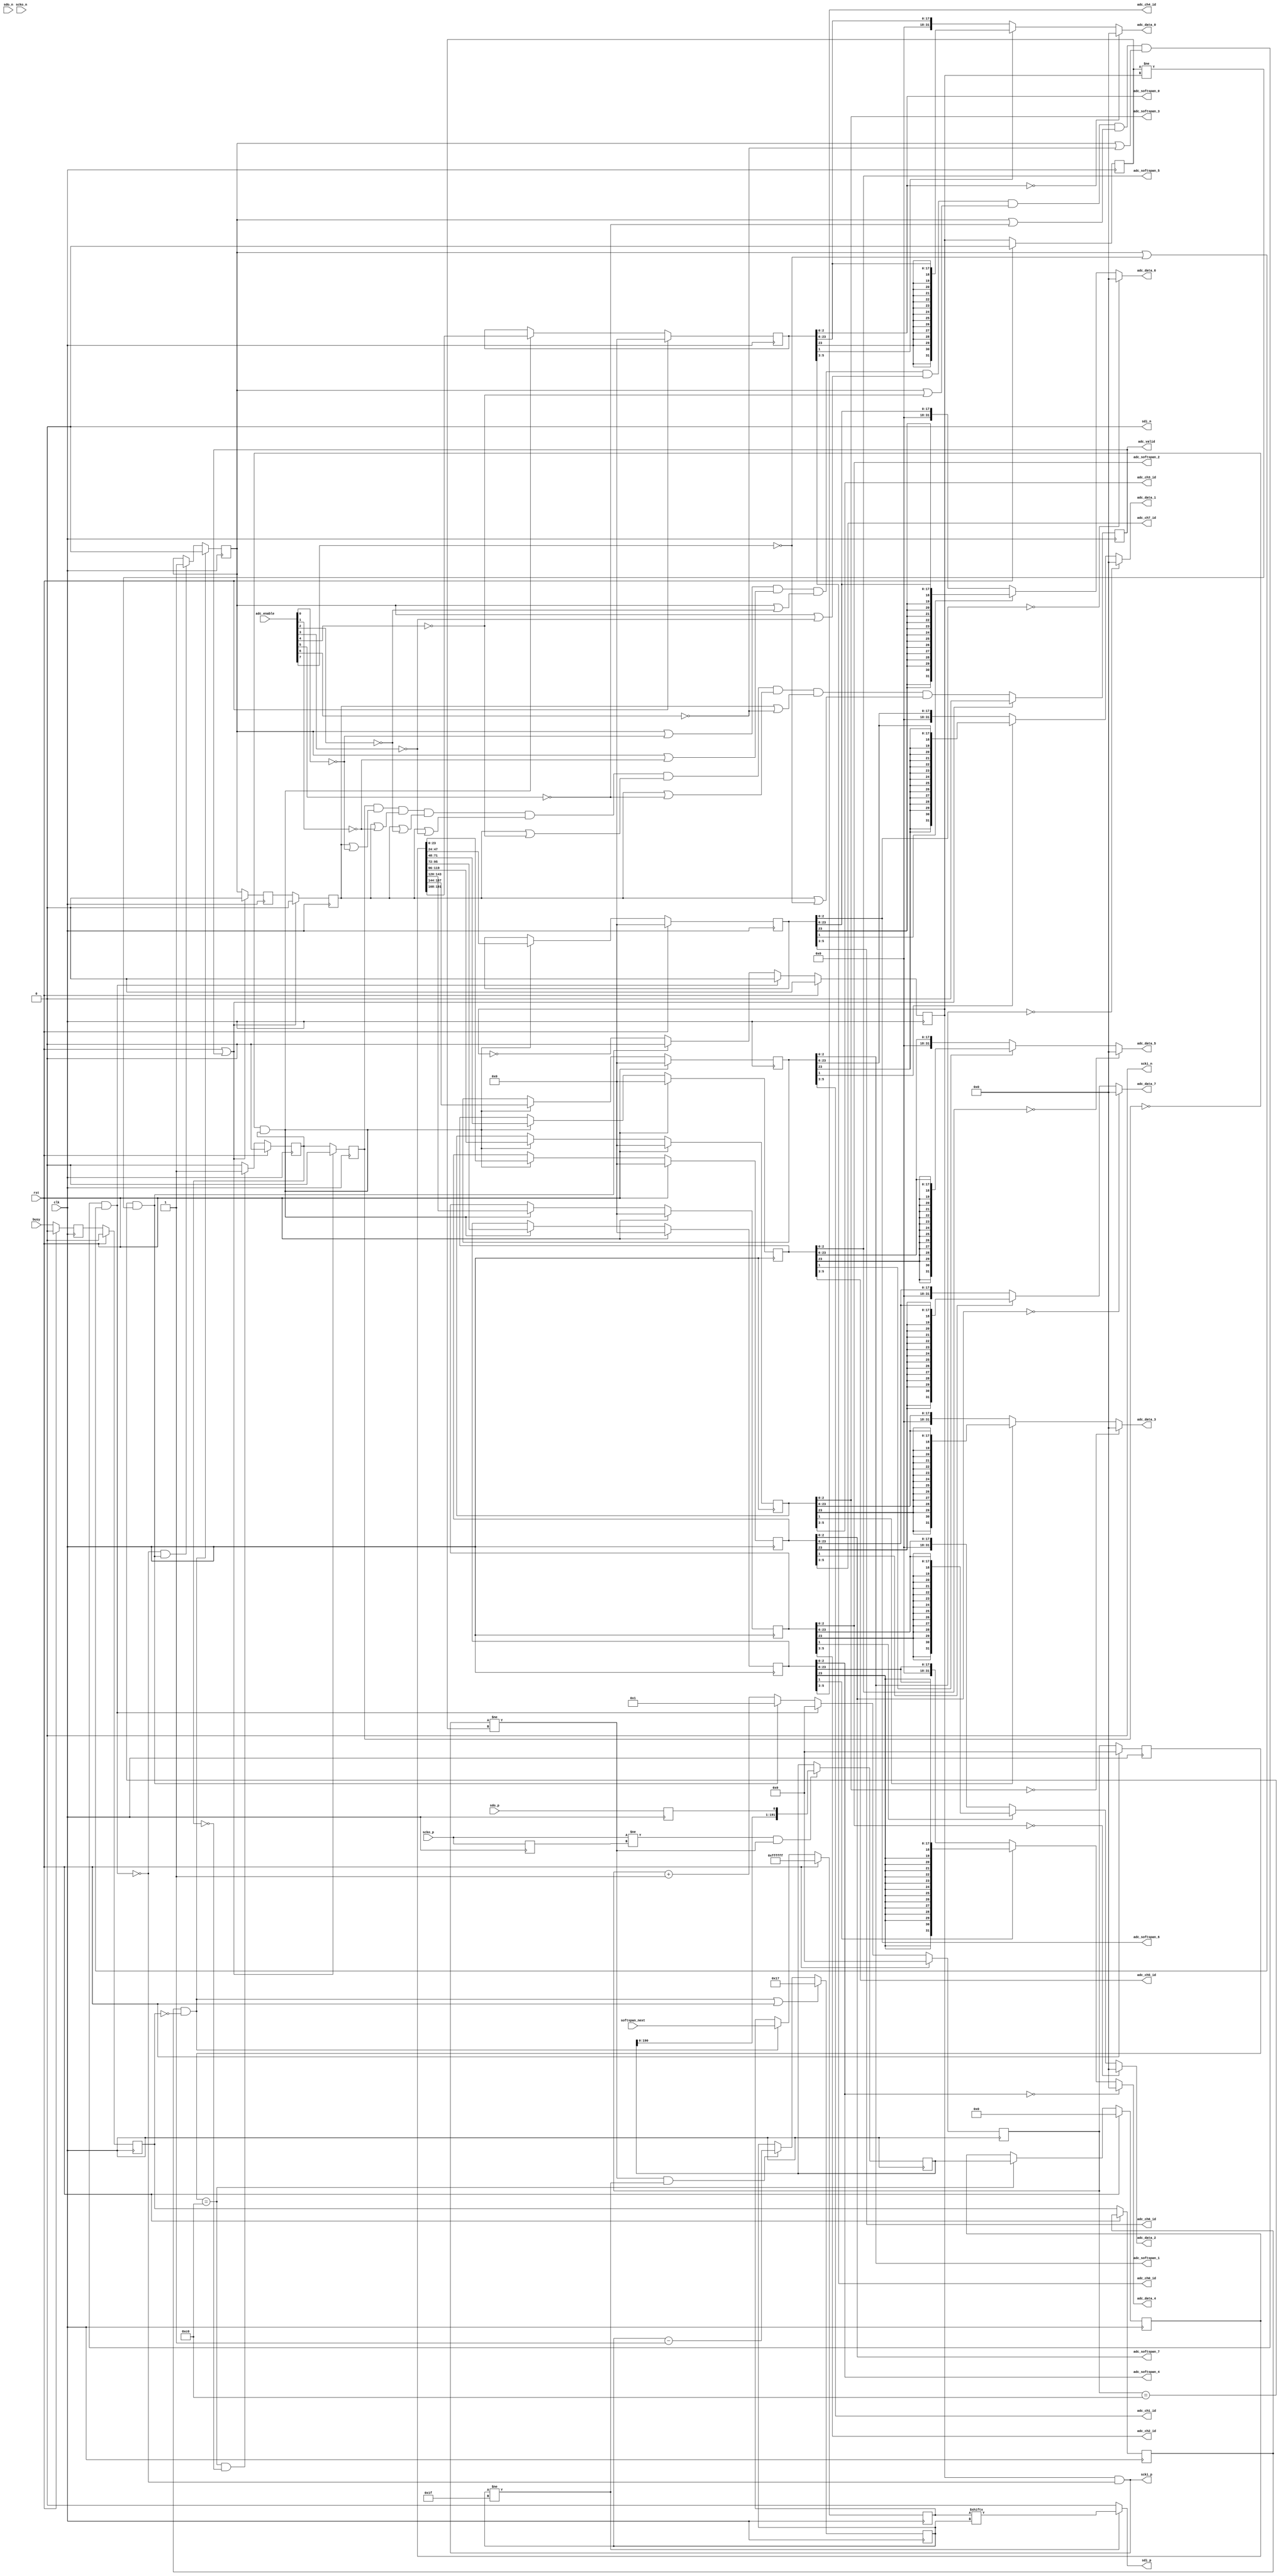
// ***************************************************************************
// ***************************************************************************
// Copyright (C) 2023 Analog Devices, Inc. All rights reserved.
//
// In this HDL repository, there are many different and unique modules, consisting
// of various HDL (Verilog or VHDL) components. The individual modules are
// developed independently, and may be accompanied by separate and unique license
// terms.
//
// The user should read each of these license terms, and understand the
// freedoms and responsibilities that he or she has by using this source/core.
//
// This core is distributed in the hope that it will be useful, but WITHOUT ANY
// WARRANTY; without even the implied warranty of MERCHANTABILITY or FITNESS FOR
// A PARTICULAR PURPOSE.
//
// Redistribution and use of source or resulting binaries, with or without modification
// of this file, are permitted under one of the following two license terms:
//
//   1. The GNU General Public License version 2 as published by the
//      Free Software Foundation, which can be found in the top level directory
//      of this repository (LICENSE_GPL2), and also online at:
//      <https://www.gnu.org/licenses/old-licenses/gpl-2.0.html>
//
// OR
//
//   2. An ADI specific BSD license, which can be found in the top level directory
//      of this repository (LICENSE_ADIBSD), and also on-line at:
//      https://github.com/analogdevicesinc/hdl/blob/main/LICENSE_ADIBSD
//      This will allow to generate bit files and not release the source code,
//      as long as it attaches to an ADI device.
//
// ***************************************************************************
// ***************************************************************************

`timescale 1ns/100ps

module axi_ltc235x_lvds #(
  parameter XILINX_INTEL_N = 0,
  parameter LTC235X_FAMILY = 0,
  parameter NUM_CHANNELS = 8,	// 8 for 2358, 4 for 2357, 2 for 2353
  parameter DATA_WIDTH = 18	// 18 or 16 based on -18/-16
) (

  input                   rst,
  input                   clk,
  input       [ 7:0]      adc_enable,
  input       [23:0]      softspan_next,

  // physical interface

  output                  scki_p,
  output                  scki_n,
  output                  sdi_p,
  output                  sdi_n,
  input                   scko_p,
  input                   scko_n,
  input                   sdo_p,
  input                   sdo_n,
  input                   busy,

  // FIFO interface

  output      [ 2:0]      adc_ch0_id,
  output      [ 2:0]      adc_ch1_id,
  output      [ 2:0]      adc_ch2_id,
  output      [ 2:0]      adc_ch3_id,
  output      [ 2:0]      adc_ch4_id,
  output      [ 2:0]      adc_ch5_id,
  output      [ 2:0]      adc_ch6_id,
  output      [ 2:0]      adc_ch7_id,

  output      [31:0]      adc_data_0,
  output      [31:0]      adc_data_1,
  output      [31:0]      adc_data_2,
  output      [31:0]      adc_data_3,
  output      [31:0]      adc_data_4,
  output      [31:0]      adc_data_5,
  output      [31:0]      adc_data_6,
  output      [31:0]      adc_data_7,

  output      [ 2:0]      adc_softspan_0,
  output      [ 2:0]      adc_softspan_1,
  output      [ 2:0]      adc_softspan_2,
  output      [ 2:0]      adc_softspan_3,
  output      [ 2:0]      adc_softspan_4,
  output      [ 2:0]      adc_softspan_5,
  output      [ 2:0]      adc_softspan_6,
  output      [ 2:0]      adc_softspan_7,

  output reg              adc_valid
);

  // local parameters

  localparam DW = 24;     // packet size per channel
  localparam DW_8 = 24 * 8; // packet size for all 8 channels
  localparam BW = DW - 1;
  localparam BW_8 = DW_8 - 1;

  // internal registers

  reg        busy_m1;
  reg        busy_m2;
  reg        busy_m3;

  reg [ 8:0] scki_counter = 9'h0;
  reg [ 8:0] data_counter = 9'h0;

  reg        scki_i;
  reg        scki_d;

  reg [BW_8:0] adc_lane;
  reg [BW_8:0] adc_data_init;
  reg [  BW:0] adc_data_store[7:0];

  reg        adc_valid_init;
  reg        adc_valid_init_d;

  reg        ch_data_lock = 1;
  reg        ch_capture;
  reg        ch_captured;

  reg        scko_d;
  reg        sdo_d;

  reg [ 4:0] sdi_index = 5'd23;

  reg [23:0] softspan_next_int;

  // internal wires

  wire        start_transfer_s;

  wire        scki_cnt_rst;

  wire        acquire_data;

  wire [DATA_WIDTH-1:0] adc_data_raw_s [7:0];
  wire [31:0] adc_data_sign_s [7:0];
  wire [31:0] adc_data_zero_s [7:0];
  wire [31:0] adc_data_s [7:0];
  wire [ 2:0] adc_ch_id_s [7:0];
  wire [ 2:0] adc_softspan_s [7:0];

  wire        scki_s;
  wire        sdi_s;
  wire        scko_s;
  wire        sdo_s;

  generate
    if (XILINX_INTEL_N == 0) begin
      assign scki_p = scki_s;
      assign scki_n = 1'b0;
      assign sdi_p = sdi_s;
      assign sdi_n = 1'b0;
      assign scko_s = scko_p;
      assign sdo_s = sdo_p;
    end else begin
      OBUFDS obufds_scki (
        .O(scki_n),
        .OB(scki_p),
        .I(scki_s));

      OBUFDS obufds_sdi (
        .O(sdi_n),
        .OB(sdi_p),
        .I(sdi_s));

      IBUFDS #(
        .CCIO_EN_M("TRUE"),
        .CCIO_EN_S("TRUE")
      ) ibufds_scko (
        .O(scko_s),
        .I(scko_p),
        .IB(scko_n));

      IBUFDS #(
        .CCIO_EN_M("TRUE"),
        .CCIO_EN_S("TRUE")
      ) ibufds_sdo (
        .O(sdo_s),
        .I(sdo_p),
        .IB(sdo_n));
    end
  endgenerate

  always @(posedge clk) begin
    if (rst == 1'b1) begin
      busy_m1 <= 1'b0;
      busy_m2 <= 1'b0;
    end else begin
      busy_m1 <= busy;
      busy_m2 <= busy_m1;
      busy_m3 <= busy_m2;
    end
  end

  assign start_transfer_s = busy_m3 & ~busy_m2;

  // reading clock logic
  always @(posedge clk) begin
    if (rst) begin
      scki_counter <= 9'h0;
      scki_i <= 1'b0;
      scki_d <=  1'b0;
    end else begin
      scki_d <= scki_i;
      if (acquire_data == 1'b0) begin
        scki_counter <= 9'h0;
        scki_i <= 1'b0;
      end else if (scki_cnt_rst & (scki_d != scki_i)) begin // end of a capture
        scki_counter <= 9'h1;
        scki_i <= 1'b0;
      end else begin
        scki_counter <= scki_counter + 9'd1;
        scki_i <= ~scki_i;
      end
    end
  end

  assign scki_cnt_rst = (scki_counter == DW_8);
  assign scki_s = scki_i & acquire_data;

  // capture data per lane in rx buffer on every edge of scko_s
  // ignore when busy forced scko_s to 0
  always @(posedge clk) begin
    scko_d <= scko_s;
    sdo_d <= sdo_s;
    if (scko_s != scko_d && scki_s != scki_d) begin
      adc_lane <= {adc_lane[BW_8-1:0], sdo_d};
    end
  end

  // store the data from the rx buffers when all bits are received
  // when data transaction window is done
  always @(posedge clk) begin
    if (rst == 1'b1) begin
      adc_data_init <= 'h0;
      data_counter <= 9'h0;
    end else begin
      data_counter <= scki_counter;
      if (data_counter == DW_8) begin
        adc_data_init <= adc_lane;
      end
    end
  end

  // ch_data_lock - locks all the channel, means dont acquire data if all ch's are lock while acquire_data = 0
  always @(posedge clk) begin
    if (start_transfer_s) begin
      ch_data_lock <= 1'd0;
    end else if (acquire_data == 1'b1 && (scki_cnt_rst & (scki_d != scki_i))) begin
      ch_data_lock <= 1'd1;
    end
  end

  assign acquire_data = ~((ch_data_lock | ~adc_enable[0]) &
                          (ch_data_lock | ~adc_enable[1]) &
                          (ch_data_lock | ~adc_enable[2]) &
                          (ch_data_lock | ~adc_enable[3]) &
                          (ch_data_lock | ~adc_enable[4]) &
                          (ch_data_lock | ~adc_enable[5]) &
                          (ch_data_lock | ~adc_enable[6]) &
                          (ch_data_lock | ~adc_enable[7]));

  // stores the data from the rx buffer, but now based on ch
  // from the whole buffer into the per channel buffer
  always @(posedge clk) begin
    if (rst == 1'b1) begin
      adc_data_store[0] <= 'd0;
      adc_data_store[1] <= 'd0;
      adc_data_store[2] <= 'd0;
      adc_data_store[3] <= 'd0;
      adc_data_store[4] <= 'd0;
      adc_data_store[5] <= 'd0;
      adc_data_store[6] <= 'd0;
      adc_data_store[7] <= 'd0;
    end else begin
      if (!adc_valid_init_d & adc_valid_init) begin
        adc_data_store[0] <= adc_data_init[BW + DW * 7: DW * 7];
        adc_data_store[1] <= adc_data_init[BW + DW * 6: DW * 6];
        adc_data_store[2] <= adc_data_init[BW + DW * 5: DW * 5];
        adc_data_store[3] <= adc_data_init[BW + DW * 4: DW * 4];
        adc_data_store[4] <= adc_data_init[BW + DW * 3: DW * 3];
        adc_data_store[5] <= adc_data_init[BW + DW * 2: DW * 2];
        adc_data_store[6] <= adc_data_init[BW + DW * 1: DW * 1];
        adc_data_store[7] <= adc_data_init[BW + DW * 0: DW * 0];
      end
    end
  end

  // extract info from the data bits
  genvar i;
  generate
    for (i=0; i < 8; i=i+1) begin: format
      assign adc_data_raw_s[i] = adc_data_store[i][BW:DW-DATA_WIDTH];
      assign adc_data_sign_s[i] = {{(32-DATA_WIDTH){adc_data_raw_s[i][DATA_WIDTH-1]}}, adc_data_raw_s[i]};
      assign adc_data_zero_s[i] = {{(32-DATA_WIDTH){1'b0}}, adc_data_raw_s[i]};
      assign adc_data_s[i] =  (adc_softspan_s[i] == 3'b0)?  32'h0               :
                              (adc_softspan_s[i][1])?       adc_data_sign_s[i]  :
                                                            adc_data_zero_s[i]  ;
      if (NUM_CHANNELS == 8) begin
        assign adc_ch_id_s[i] = adc_data_store[i][5:3];
      end else if (NUM_CHANNELS == 4) begin
        assign adc_ch_id_s[i] = {1'b0, adc_data_store[i][4:3]};
      end else begin
        assign adc_ch_id_s[i] = {2'b0, adc_data_store[i][3]};
      end
      assign adc_softspan_s[i] = adc_data_store[i][2:0];
    end
  endgenerate

  // assign extracted adc data to corresponding outputs
  assign adc_data_0 = adc_data_s[0];
  assign adc_data_1 = adc_data_s[1];
  assign adc_data_2 = adc_data_s[2];
  assign adc_data_3 = adc_data_s[3];
  assign adc_data_4 = adc_data_s[4];
  assign adc_data_5 = adc_data_s[5];
  assign adc_data_6 = adc_data_s[6];
  assign adc_data_7 = adc_data_s[7];

  // assign extracted adc channel id to corresponding outputs
  assign adc_ch0_id = adc_ch_id_s[0];
  assign adc_ch1_id = adc_ch_id_s[1];
  assign adc_ch2_id = adc_ch_id_s[2];
  assign adc_ch3_id = adc_ch_id_s[3];
  assign adc_ch4_id = adc_ch_id_s[4];
  assign adc_ch5_id = adc_ch_id_s[5];
  assign adc_ch6_id = adc_ch_id_s[6];
  assign adc_ch7_id = adc_ch_id_s[7];

  // assign extracted adc channel id to corresponding outputs
  assign adc_softspan_0 = adc_softspan_s[0];
  assign adc_softspan_1 = adc_softspan_s[1];
  assign adc_softspan_2 = adc_softspan_s[2];
  assign adc_softspan_3 = adc_softspan_s[3];
  assign adc_softspan_4 = adc_softspan_s[4];
  assign adc_softspan_5 = adc_softspan_s[5];
  assign adc_softspan_6 = adc_softspan_s[6];
  assign adc_softspan_7 = adc_softspan_s[7];

  // initial valid signal
  always @(posedge clk) begin
    if (rst == 1'b1) begin
      adc_valid_init <= 1'b0;
    end else begin
      if (data_counter == DW_8 && adc_valid_init == 1'b0) begin
        adc_valid_init <= 1'b1;
      end else begin
        adc_valid_init <= 1'b0;
      end
    end
  end

  // delayed both valid signal and data_lock signal
  // for datasyncing with valid signal
  always @(posedge clk) begin
    if (rst == 1'b1 || adc_valid == 1'b1) begin
      adc_valid <= 1'b0;
      adc_valid_init_d <= 1'b0;
      ch_capture <= 1'd0;
      ch_captured <= 1'd0;
    end else begin
      ch_capture <= ch_data_lock;
      ch_captured <= ch_capture;
      adc_valid_init_d <= adc_valid_init;
      adc_valid <= adc_valid_init_d &
                     (ch_captured | ~adc_enable[0]) &
                     (ch_captured | ~adc_enable[1]) &
                     (ch_captured | ~adc_enable[2]) &
                     (ch_captured | ~adc_enable[3]) &
                     (ch_captured | ~adc_enable[4]) &
                     (ch_captured | ~adc_enable[5]) &
                     (ch_captured | ~adc_enable[6]) &
                     (ch_captured | ~adc_enable[7]);
    end
  end

  // every negedge of clk, update index of sdi_s
  always @(negedge clk) begin
    if (start_transfer_s || rst) begin
      sdi_index <= 5'd23;
    end else begin
      if (scki_s != scki_d && sdi_index != 5'b11111) begin
        sdi_index <= sdi_index - 5'b1;
      end
    end
  end

  // update next softspan configuration every after busy
  always @(posedge clk) begin
    if (rst == 1'b1) begin
      softspan_next_int <= 24'hff_ffff;
    end else begin
      if (busy_m3 & ~busy_m2) begin
        softspan_next_int <= softspan_next;
      end else begin
        softspan_next_int <= softspan_next_int;
      end
    end
  end

  assign sdi_s = (sdi_index != 5'b11111)? softspan_next_int[sdi_index] : 1'b0;

endmodule